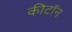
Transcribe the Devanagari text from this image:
कीटॉन